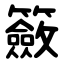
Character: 籢